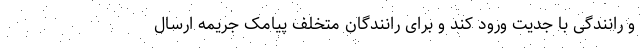
و رانندگی با جدیت ورود کند و برای رانندگان متخلف پیامک جریمه ارسال